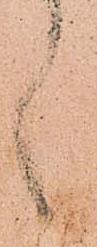
言